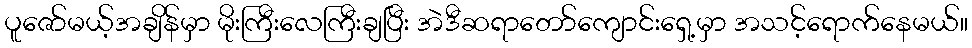
ပူဇော်မယ့်အချိန်မှာ မိုးကြီးလေကြီးချပြီး အဲဒီဆရာတော်ကျောင်းရှေ့မှာ အသင့်ရောက်နေမယ်။